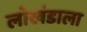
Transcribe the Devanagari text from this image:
लोखंडाला